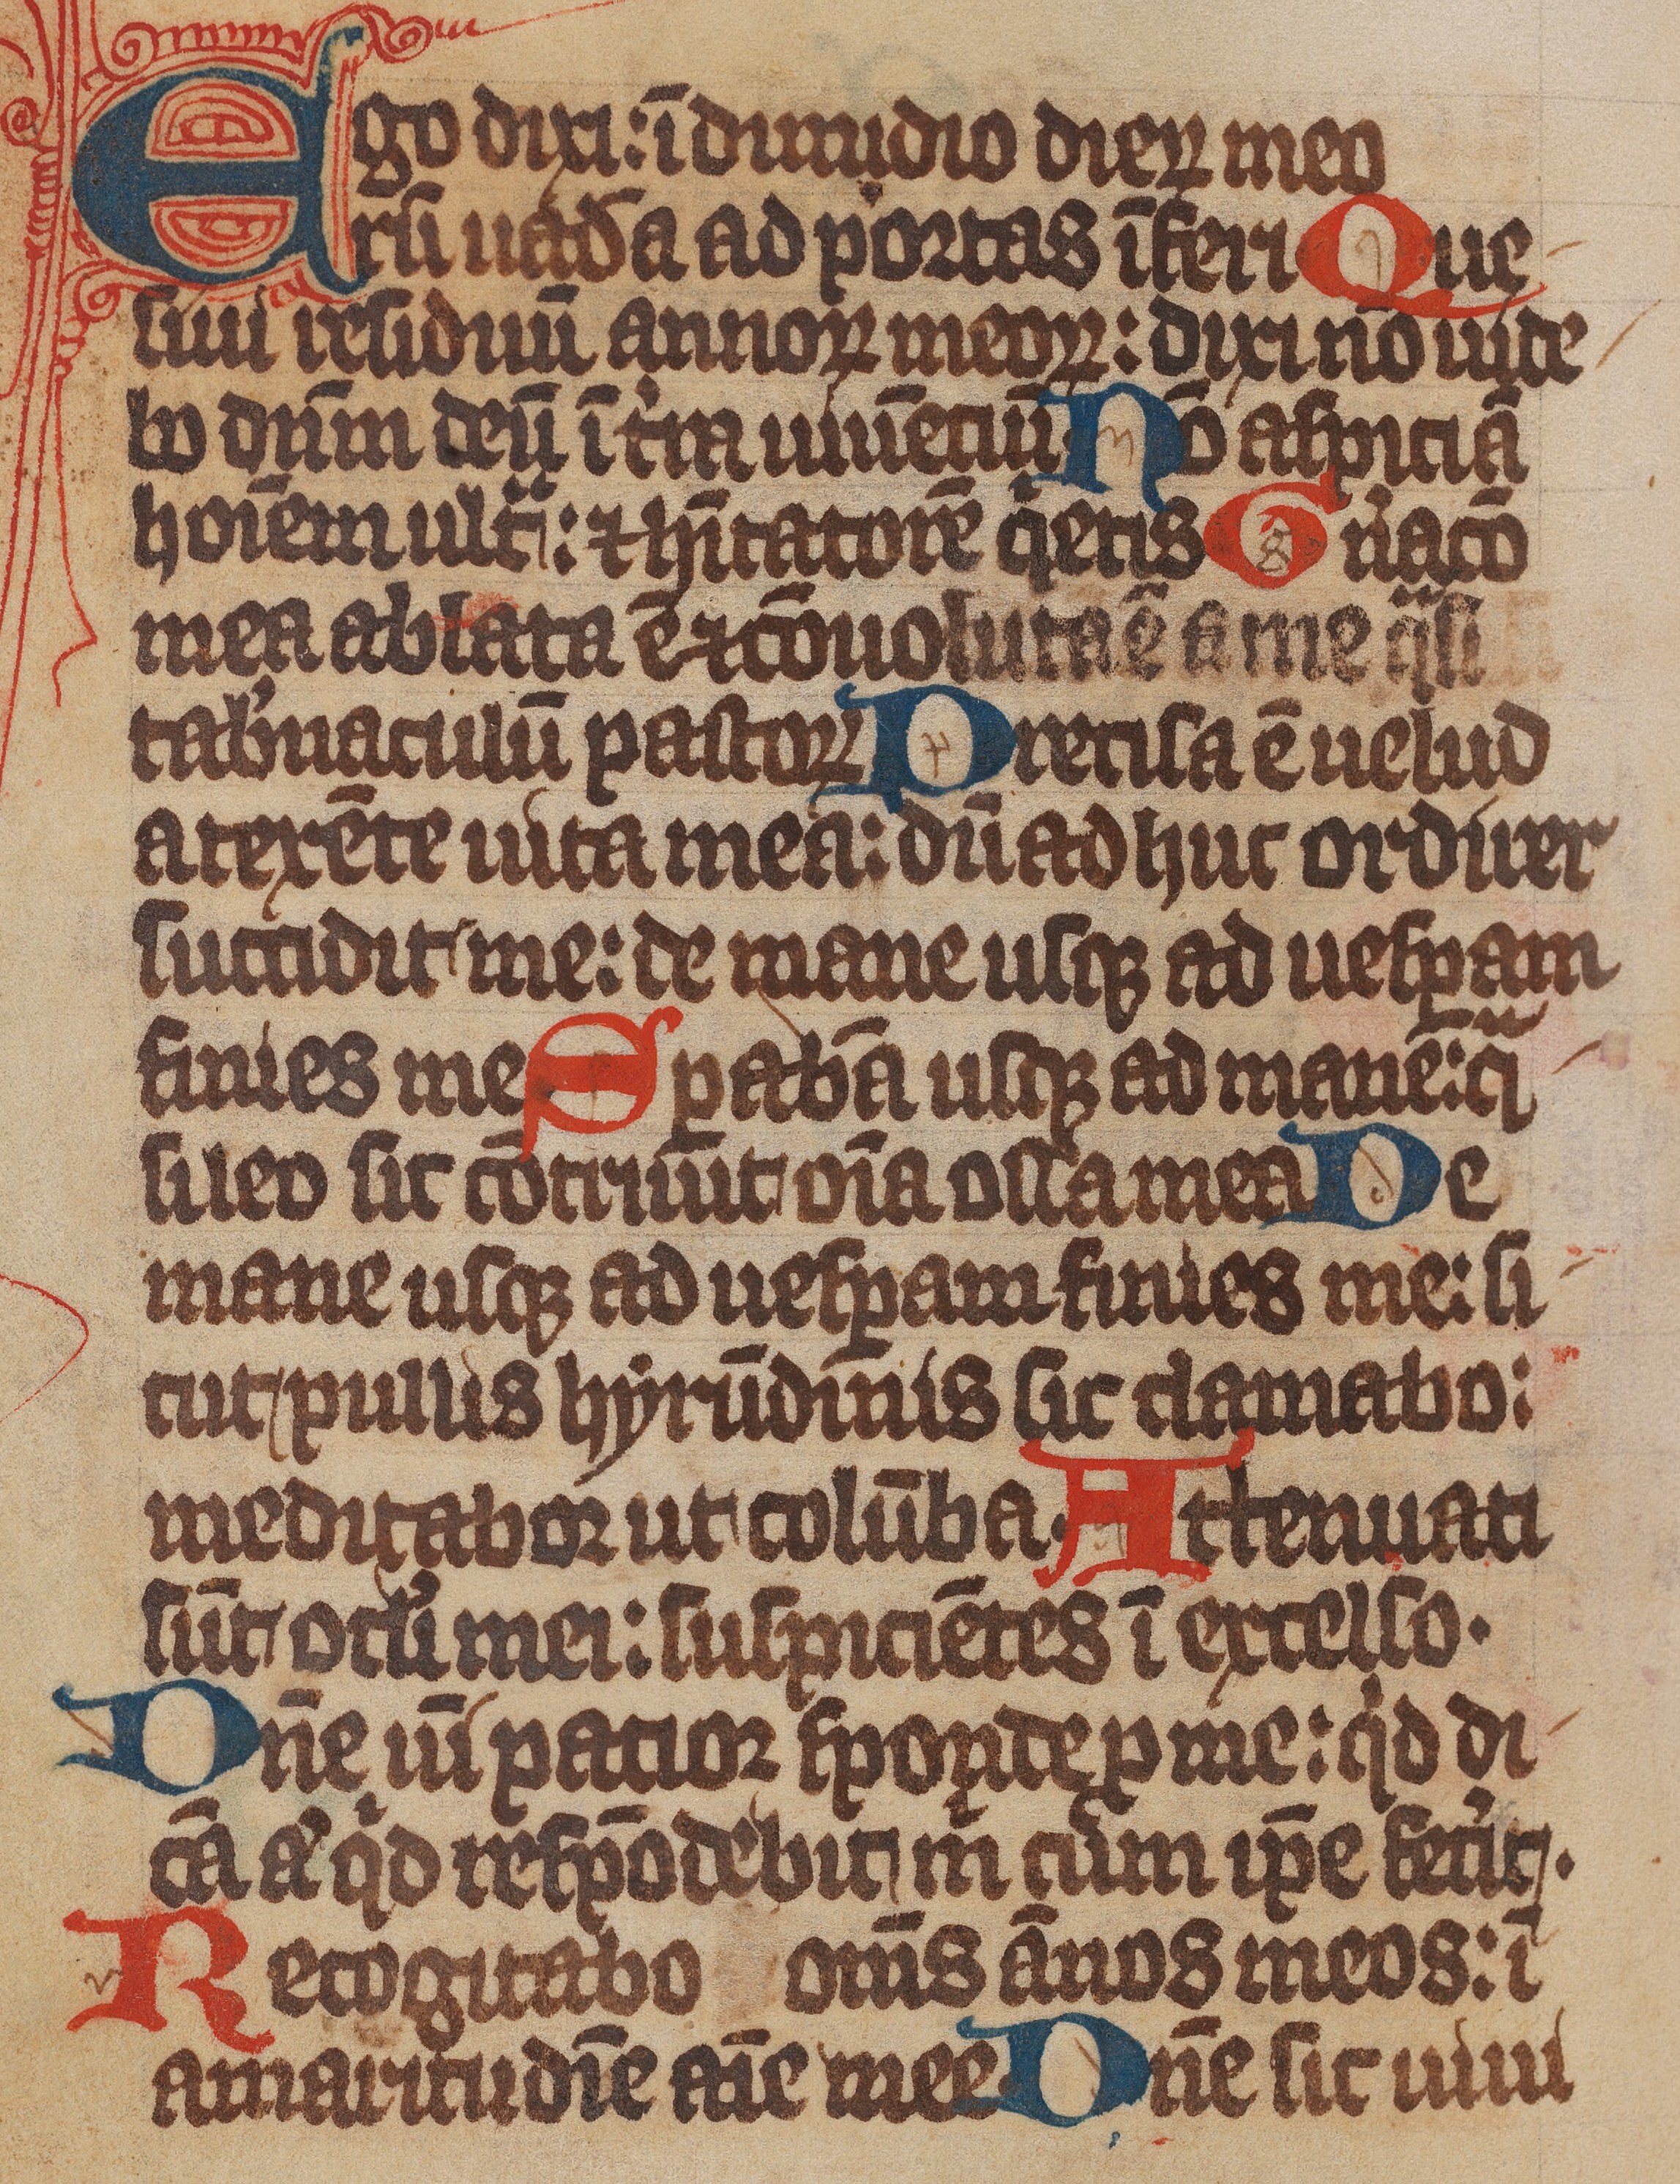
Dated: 1375–1499